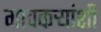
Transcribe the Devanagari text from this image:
गावकऱ्यांशी